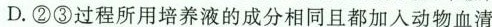
D.②③过程所用培养液的成分相同且都加人动物血清